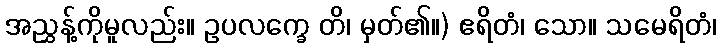
အညွှန့်ကိုမူလည်း။ ဥပလက္ခေ တိ၊ မှတ်၏။) ဧရိတံ၊ သော။ သမေရိတံ၊